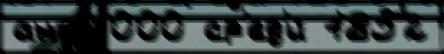
англ 000 ср'ед'и́ 1852